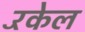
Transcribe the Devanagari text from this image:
रॅकेल